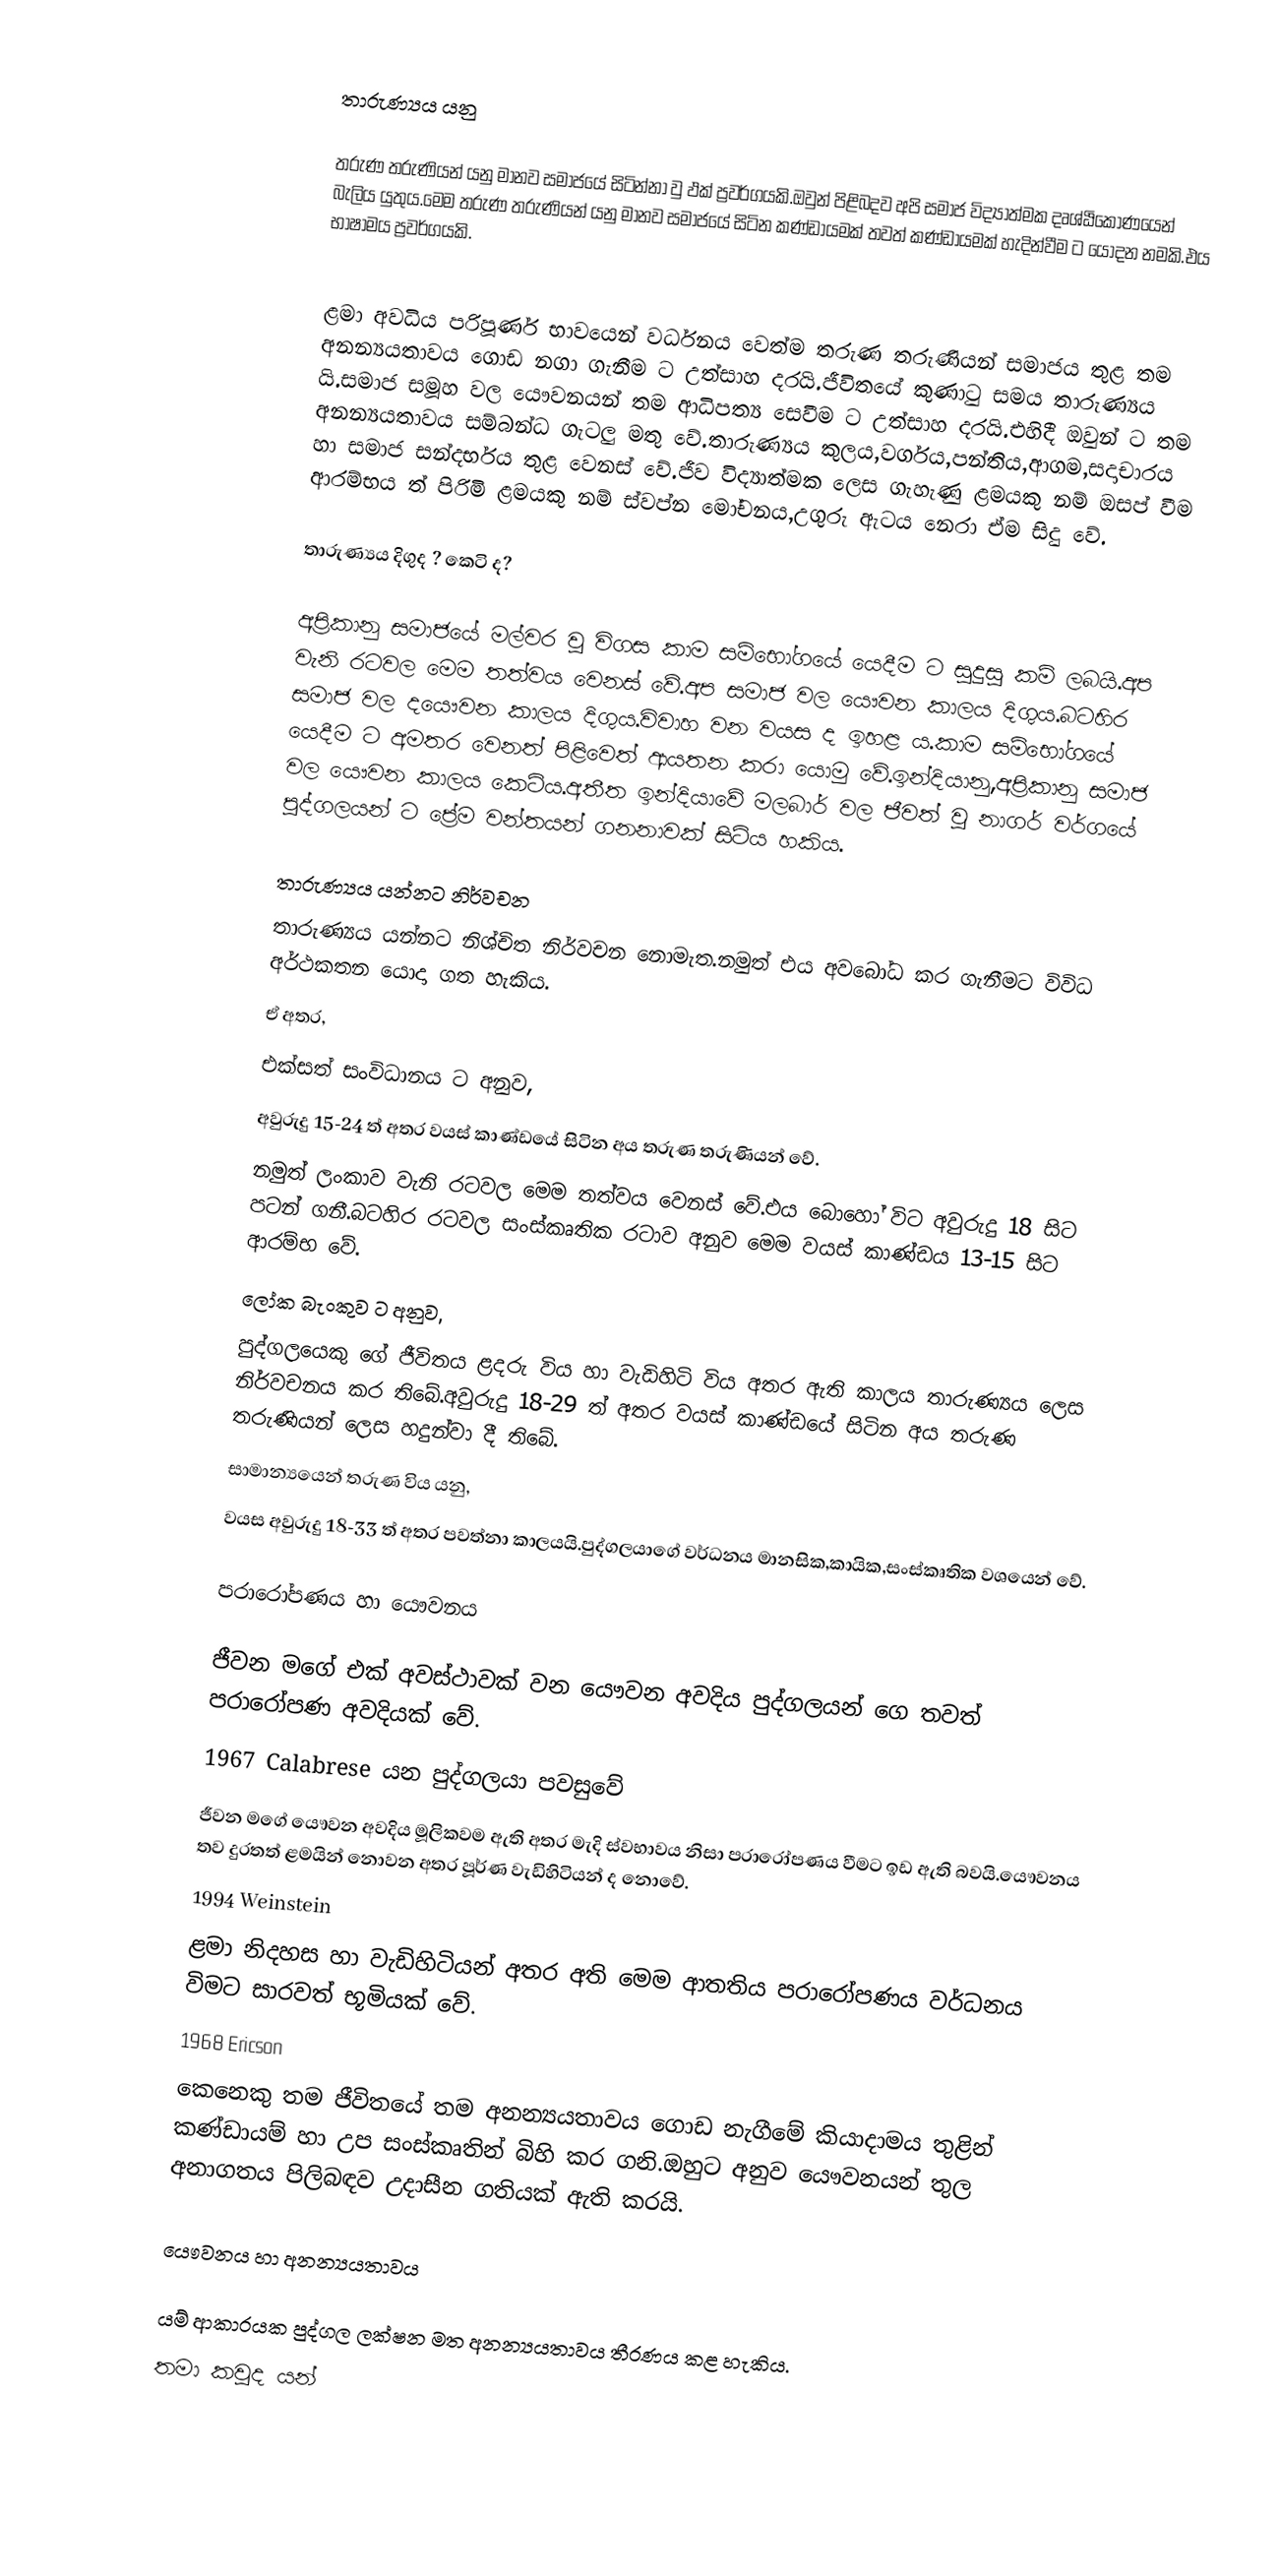

තාරුණ්‍යය යනු

තරුණ තරුණියන් යනු මානව සමාජයේ සිටින්නා වු ඵක් ප්‍රවර්ගයකි.ඔවුන් පිළිබදව අපි සමාජ විද්‍යාත්මක දෘශ්ඨිකෝණ‍යෙන් බැලිය යුතුය.මෙම තරුණ තරුණියන් යනු මානව සමාජයේ සිටින කණ්ඩායමක් තවත් කණ්ඩායමක් හැදින්වීම ට ‍යොදන නමකි.එය භාෂාමය ප්‍රවර්ගයකි.

ළමා අවධිය පරිපූර්ණ භාවයෙන් වර්ධනය වෙත්ම  තරුණ තරුණියන් සමාජය තුළ තම අනන්‍යයතාවය ගොඩ නගා ගැනීම ට උත්සාහ දරයි.ජීවිතයේ කුණාටු සමය තාරුණ්‍යය යි.සමාජ සමූහ වල යෞවනයන් තම ආධිපත්‍ය සෙවීම ට උත්සාහ දරයි.එහිදී ඔවුන් ට තම අනන්‍යයතාවය සම්බන්ධ ගැටලු මතු වේ.තාරුණ්‍යය කුලය,වර්ගය,පන්තිය,ආගම,සදාචාරය හා සමාජ සන්දර්භය තුළ වෙනස් වේ.ජීව විද්‍යාත්මක ලෙස ගැහැණු ළමයකු නම් ඔසප් වීම ආරම්භය ත් පිරිමි ළමයකු නම් ස්වප්න මෝචනය,උගුරු ඇටය නෙරා ඒම සිදු වේ.

තාරුණ්‍යය දිගුද ? කෙටි ද?

අප්‍රිකානු සමාජයේ මල්වර වූ විගස කාම සම්භෝගයේ යෙදීම ට සුදුසු කම් ලබයි.අප වැනි රටවල මෙම තත්වය වෙනස් වේ.අප සමාජ වල යෞවන කාලය දිගුය.බට‍හිර සමාජ වල දයෞවන කාලය දිගුය.විවාහ වන වයස ද ඉහළ ය.කාම සම්භෝගයේ යෙදීම ට අමතර වෙනත් පිළිවෙත් ආයතන කරා යොමු වේ.ඉන්දියානු,අප්‍රිකානු සමාජ වල යෞවන කාලය කෙටිය.අතීත ඉන්දියාවේ මලබාර් වල ජීවත් වූ නාගර් වර්ගයේ පුද්ගලයන් ට ප්‍රේම වන්තයන් ගනනාවක් සිටිය හකිය.

තාරුණ්‍යය යන්නට නිර්වචන
තාරුණ්‍යය යන්නට නිශ්චිත නිර්වචන නොමැත.නමුත් එය අව‍‍බෝධ කර ගැනීමට විවිධ අර්ථකතන යොදා ගත හැකිය.
ඒ අතර,
එක්සත් සංවිධානය ට අනුව,
අවුරුදු 15-24 ත් අතර වයස් කාණ්ඩයේ සිටින අය තරුණ තරුණියන් වේ.
නමුත් ලංකාව වැනි රටවල මෙම තත්වය වෙනස් වේ.එය ‍බොහෝ විට අවුරුදු 18 සිට පටන් ගනී.බටහිර රටවල සංස්කෘතික රටාව අනුව මෙම වයස් කාණ්ඩය 13-15 සිට ආරම්භ වේ.
ලෝක බැංකුව ට අනුව,
පුද්ගලයෙකු ගේ ජීවිතය ළදරු විය හා වැඩිහිටි විය අතර ඇති කාලය තාරුණ්‍යය ලෙස නිර්වචනය කර තිබේ.අවුරුදු 18-29 ත් අතර වයස් කාණ්ඩයේ සිටින අය  තරුණ තරුණියන් ලෙස හදුන්වා දී තිබේ.
සාමාන්‍යයෙන් තරුණ විය යනු,
වයස අවුරුදු 18-33 ත් අතර පවත්නා කාලයයි.පුද්ගලයාගේ වර්ධනය මානසික,කායික,සංස්කෘතික වශයෙන් වේ.

පරාරෝපණය හා යෞවනය

ජීවන මගේ එක් අවස්ථාවක් වන යෞවන අවදිය පුද්ගලයන් ගෙ තවත් පරාරෝපණ අවදියක් වේ.
1967 Calabrese යන පුද්ගලයා පවසුවේ
ජීවන මගේ යෞවන අවදිය මූලිකවම ඇති අතර මැදි ස්වභාවය නිසා පරාරෝපණය වීමට ඉඩ ඇති බවයි.යෞවනය තව දුරතත් ළමයින් නොවන අතර පූර්ණ වැඩිහිටියන් ද නොවේ.
1994 Weinstein
ළමා නිදහස හා වැඩිහිටියන් අතර අති මෙම ආතතිය පරාරෝපණය වර්ධනය විමට සාරවත් භූමියක් වේ.
1968 Ericson
කෙනෙකු තම ජීවිතයේ තම අනන්‍යයතාවය ගොඩ නැගීමේ කියාදාමය තුළින් කණ්ඩායම් හා උප සංස්කෘතින් බිහි කර ගනි.ඔහුට අනුව  යෞවනයන් තුල අනාගතය පිලිබඳව උදාසීන ගතියක් ඇති කරයි.

යෞවනය හා අනන්‍යයතාවය

යම් ආකාරයක පුද්ගල ලක්ෂන මත අනන්‍යයතාවය තීරණය කළ හැකිය.
තමා කවුද යන්